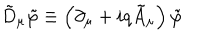
\tilde { D } _ { \mu } \tilde { \varphi } \equiv \left( \partial _ { \mu } + i q \tilde { A } _ { \mu } \right) \tilde { \varphi }